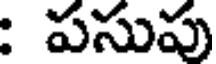
: పసుపు